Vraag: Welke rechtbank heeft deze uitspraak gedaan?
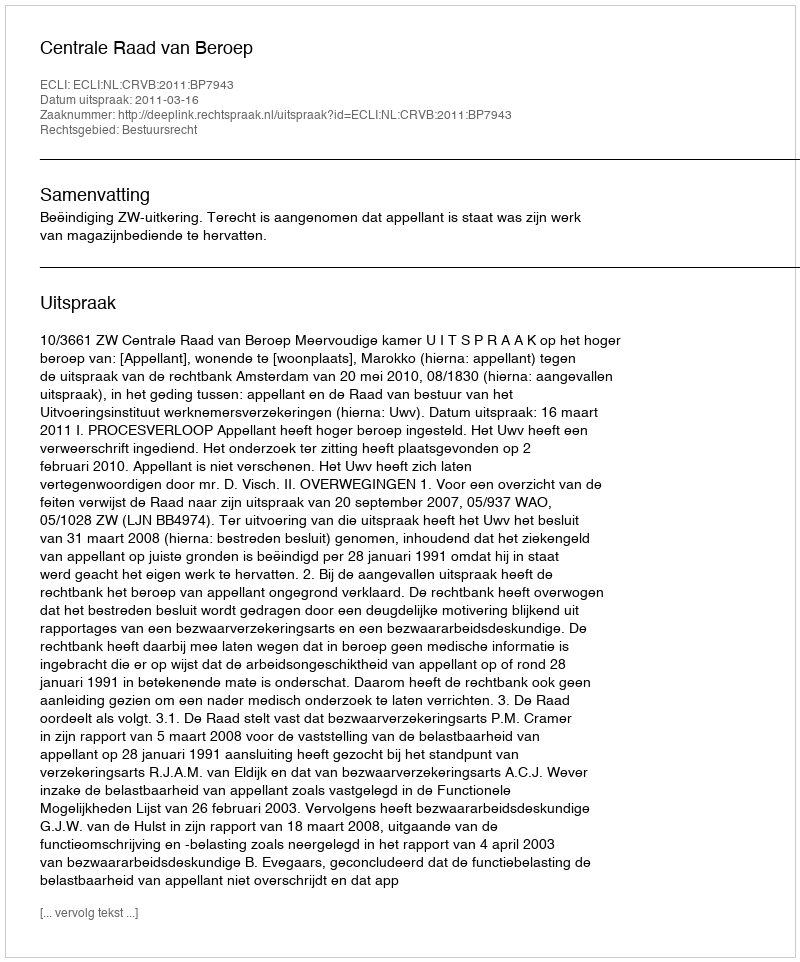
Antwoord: Centrale Raad van Beroep